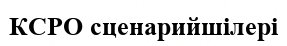
КСРО сценарийшілері